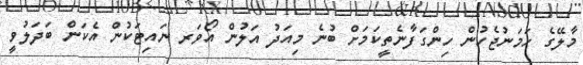
މާލޭގެ ހަމަނުޖެހުން ހިންގަފާނެތީކަމަށް ބުނެ މިއަދު އަލުން އޯވަރ ނައިޓަކުން އެކަން ބަދަލުވީ